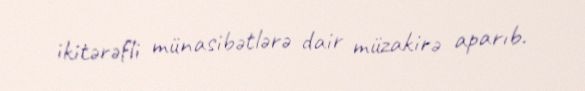
ikitərəfli münasibətlərə dair müzakirə aparıb.